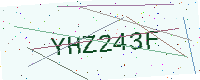
Text: YHZ243F